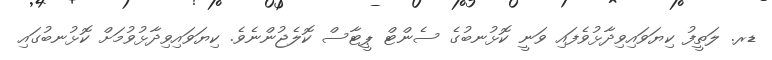
ޑރ. ލަތީފު ކިޔަވައިވިދާޅުވެފައި ވަނީ ކޮޅުނބުގެ ސެންޓް ޕީޓާސް ކޮލެޖުންނެވެ. ކިޔަވައިވިދާޅުވުމަށް ކޮޅުނބުގައި